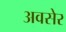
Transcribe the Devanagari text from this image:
अवसेर